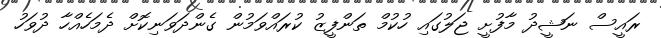
ރައީސް ނަޝީދު މާފުށީ ޖަލުގައި ހުކުމް ތަންފީޒު ކުރައްވަމުން ގެންދަވަނިކޮށް ދެމަހެއްހާ ދުވަހު